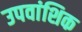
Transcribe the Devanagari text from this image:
उपवांशिक